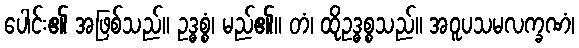
ပေါင်း၏ အဖြစ်သည်။ ဥဒ္ဓစ္စံ၊ မည်၏။ တံ၊ ထိုဥဒ္ဓစ္စသည်။ အဝူပသမလက္ခဏံ၊